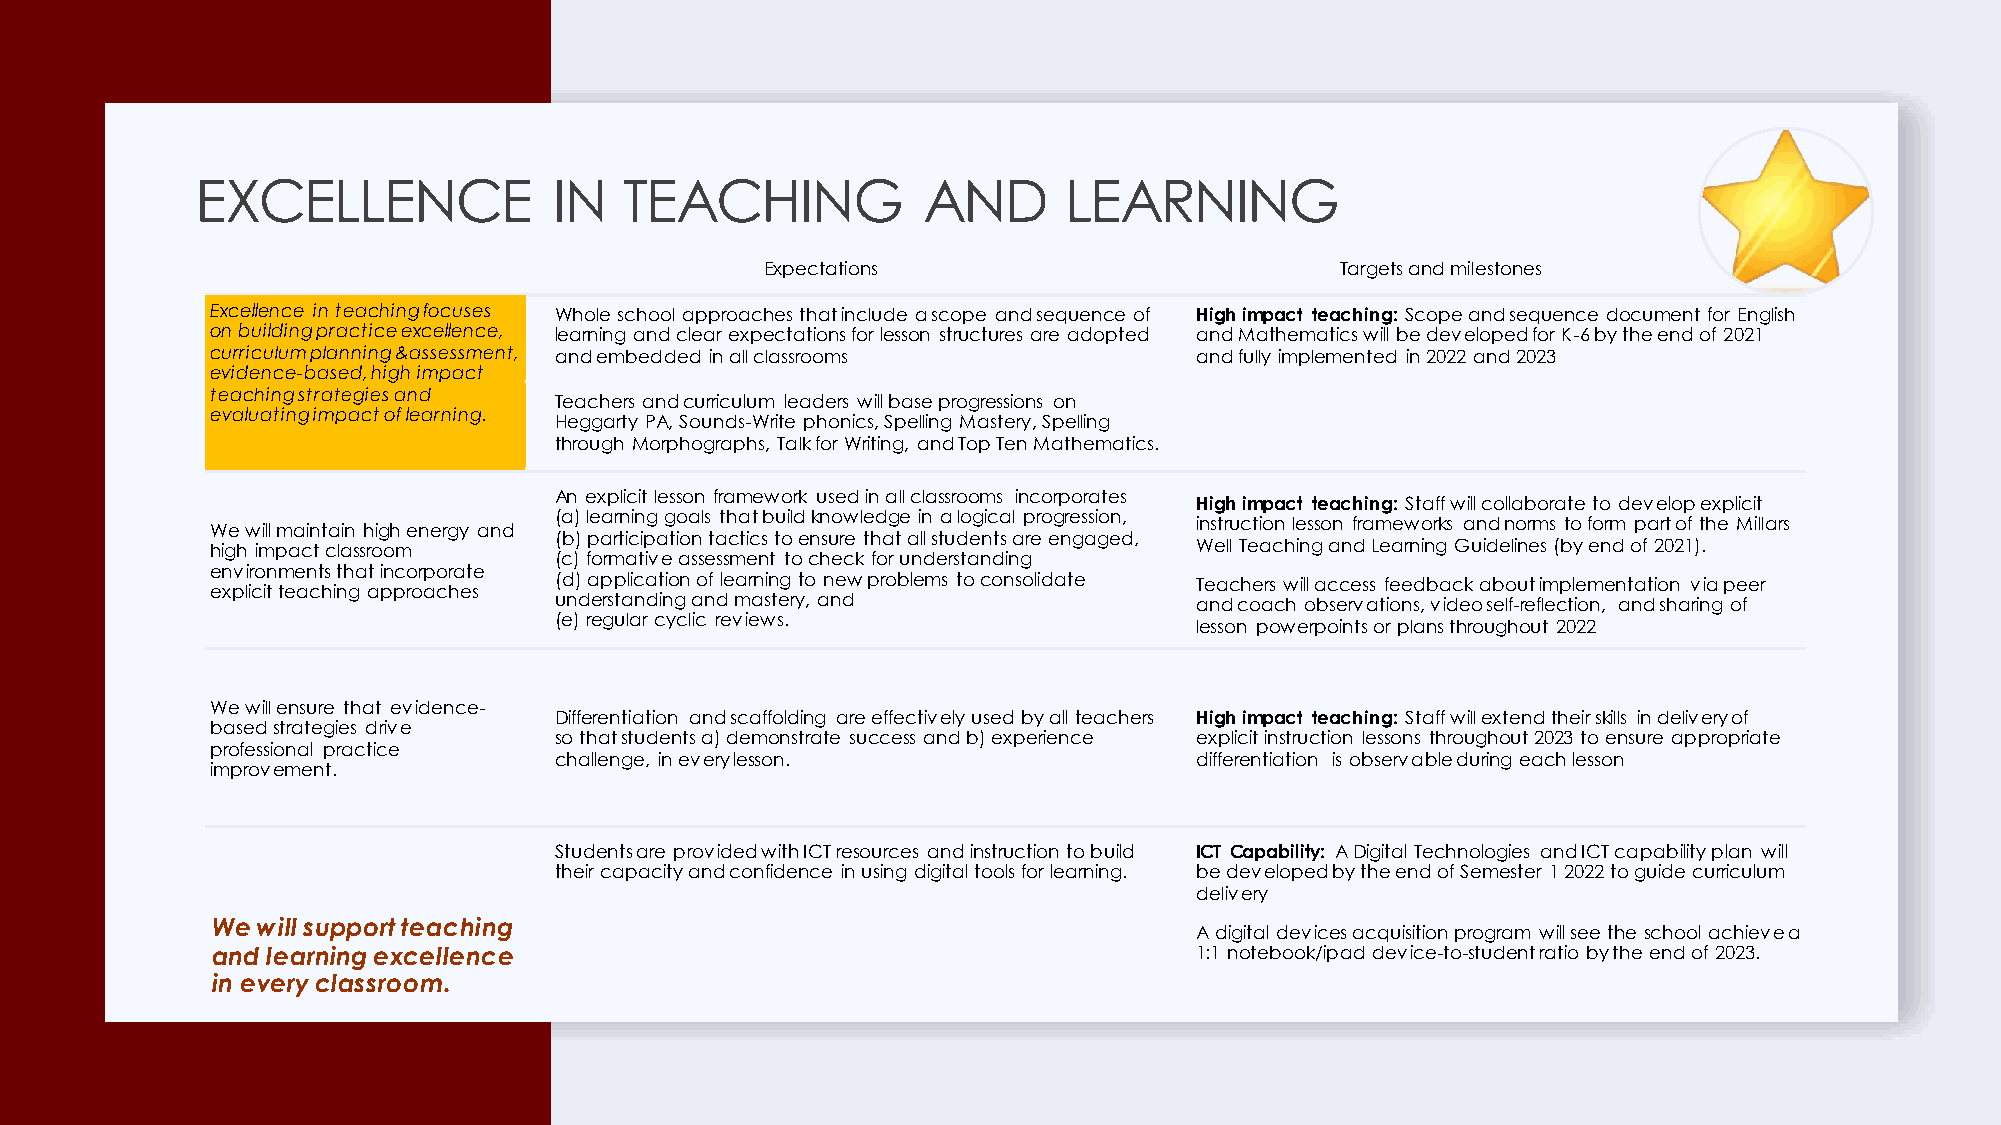
EXCELLENCE              IN  TEACHING            AND      LEARNING
 Expectations                          Targets and milestones
 Excellence in teaching focuses Whole school approaches that include a scope and sequence of High impact teaching: Scope and sequence document for English
 on building practice excellence, learning and clear expectations for lesson structures are adopted and Mathematics will be developed for K-6 by the end of 2021
 curriculum planning &assessment, and embedded in all classrooms  and fully implemented in 2022 and 2023
 evidence-based, high impact
 teaching strategies and
 Teachers and curriculum leaders will base progressions on
 evaluating impact of learning.
 Heggarty PA, Sounds-Write phonics, Spelling Mastery, Spelling
 through Morphographs, Talk for Writing, and Top Ten Mathematics.
 An explicit lesson framework used in all classrooms incorporates
 High impact teaching: Staff will collaborate to develop explicit
 (a)learning goals that build knowledge in a logical progression,
 instruction lesson frameworks and norms to form part of the Millars
 We will maintain high energy and
 (b)participation tactics to ensure that all students are engaged,
 high impact classroom                                            Well Teaching and Learning Guidelines (by end of 2021).
 (c) formative assessment to check for understanding
 environments that incorporate
 (d)application of learning to new problems to consolidate Teachers will access feedback about implementation via peer
 explicit teaching approaches
 understanding and mastery, and            and coach observations, video self-reflection, and sharing of
 (e) regular cyclic reviews.               lesson powerpointsor plans throughout 2022
 We will ensure that evidence-
 Differentiation and scaffolding are effectively used by all teachers High impact teaching: Staff will extend their skills in delivery of
 based strategies drive
 so that students a) demonstrate success and b) experience explicit instruction lessons throughout 2023 to ensure appropriate
 professional practice
 challenge, in every lesson.               differentiation is observable during each lesson
 improvement.
 Students are provided with ICT resources and instruction to build ICT Capability: A Digital Technologies and ICT capability plan will
 their capacity and confidence in using digital tools for learning. be developed by the end of Semester 1 2022 to guide curriculum
 delivery
 We will support teaching
 A digital devices acquisition program will see the school achieve a
 and learning excellence                                          1:1 notebook/ipaddevice-to-student ratio by the end of 2023.
 in every classroom.